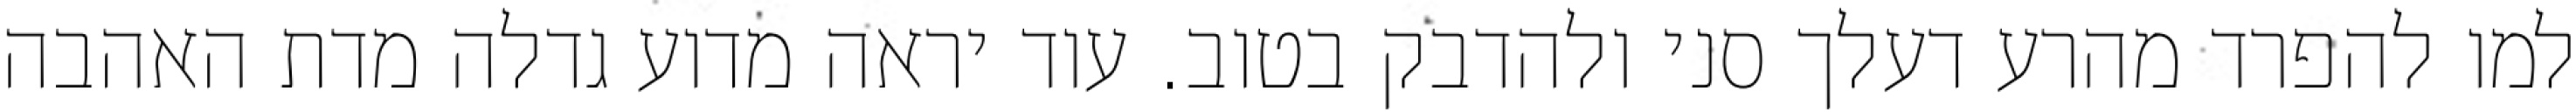
למו להפרד מהרע דעלך סני ולהדבק בטוב. עוד יראה מדוע גדלה מדת האהבה